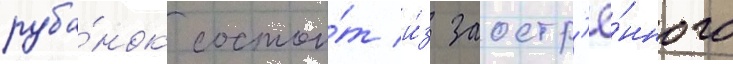
руба́нок состои́т и́з заостр'ё́нного